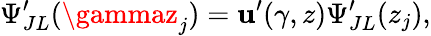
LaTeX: \Psi_{JL}^{\prime}(\gammaz_{j})=\mathbf{u}^{\prime}(\gamma,z)\Psi_{JL}^{\prime}(z_{j}),